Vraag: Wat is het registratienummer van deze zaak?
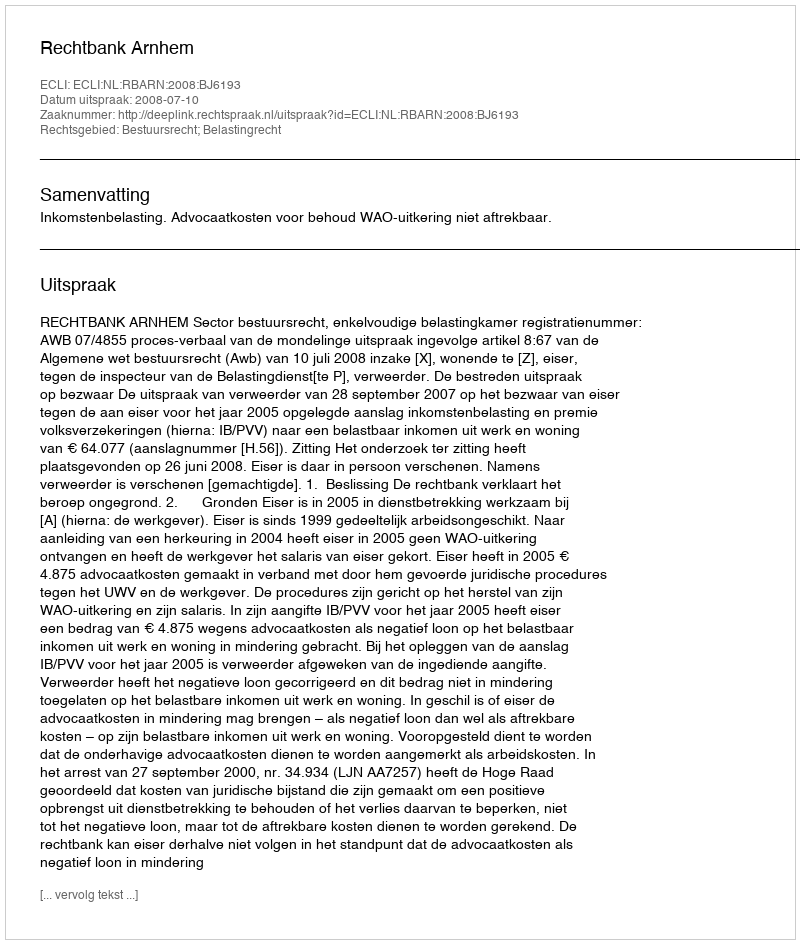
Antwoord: http://deeplink.rechtspraak.nl/uitspraak?id=ECLI:NL:RBARN:2008:BJ6193